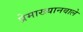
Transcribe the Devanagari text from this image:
प्रेमाख्यानवाले